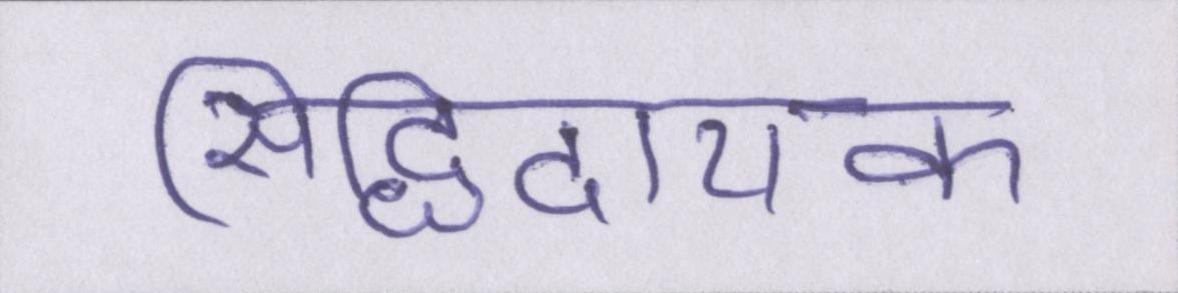
सिद्धिदायक